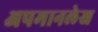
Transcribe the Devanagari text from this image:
अपमानलेख